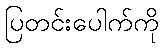
ပြတင်းပေါက်ကို